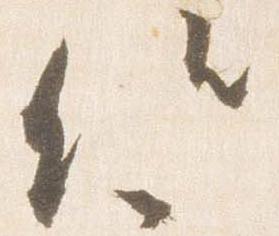
候